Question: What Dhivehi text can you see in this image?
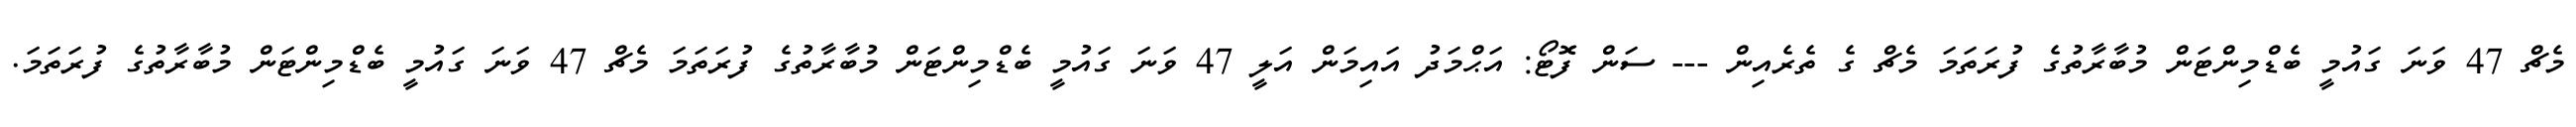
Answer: މެޗް 47 ވަނަ ގައުމީ ބެޑްމިންޓަން މުބާރާތުގެ ފުރަތަމަ މެޗް ގެ ތެރެއިން --- ސަން ފޮޓޯ: އަޙްމަދު އައިމަން އަލީ 47 ވަނަ ގައުމީ ބެޑްމިންޓަން މުބާރާތުގެ ފުރަތަމަ މެޗް 47 ވަނަ ގައުމީ ބެޑްމިންޓަން މުބާރާތުގެ ފުރަތަމަ.